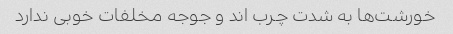
خورشت‌ها به شدت چرب اند و جوجه مخلفات خوبی ندارد